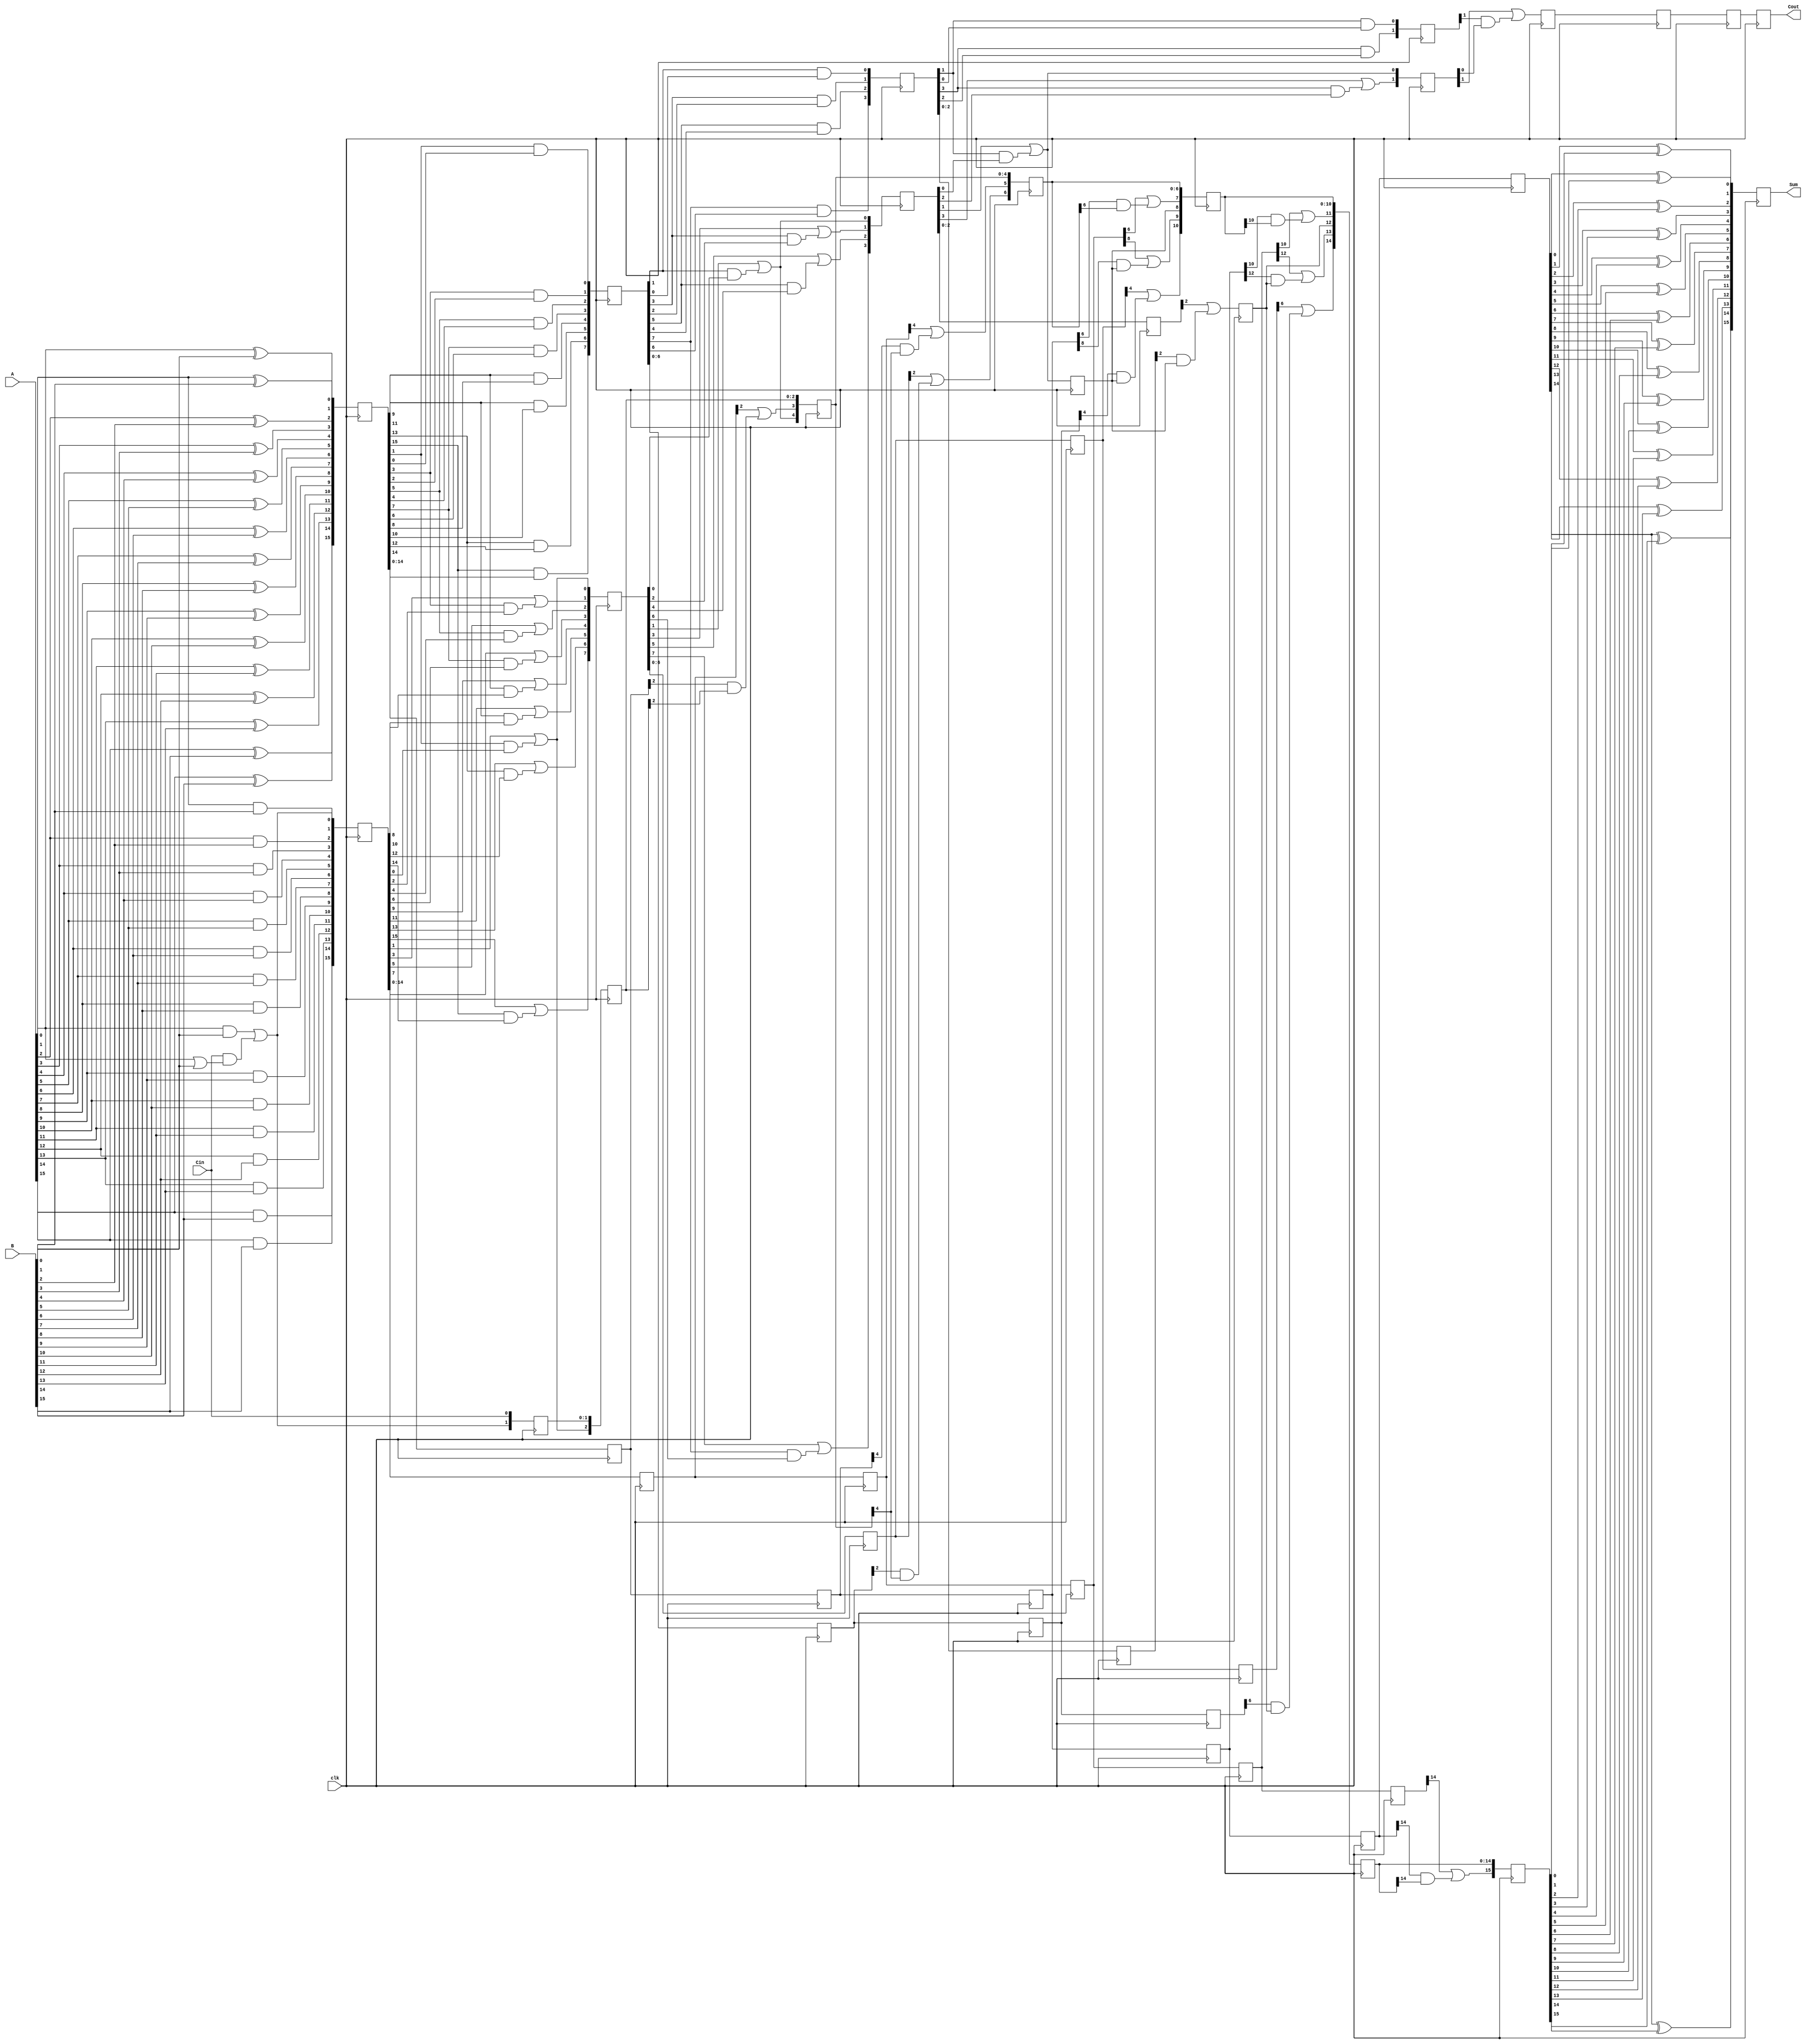
`timescale 1ns / 1ps
//////////////////////////////////////////////////////////////////////////////////
// Company: 
// Engineer: 
// 
// Design Name: 
// Module Name: BKadder
// Project Name: 
// Target Devices: 
// Tool Versions: 
// Description: 
// 
// Dependencies: 
// 
// Revision:
// Revision 0.01 - File Created
// Additional Comments:
// 
//////////////////////////////////////////////////////////////////////////////////


module BKadder(A,B,Cin,clk,Sum,Cout);
input [15:0] A,B;
input Cin,clk;
output reg [15:0] Sum;
output reg Cout;

wire [15:0] P0,G0;
wire [7:0] P1,G1;
wire [3:0] P2,G2;
wire [1:0] P3,G3;
wire P4,G4;
reg [15:0] P0_1,G0_1,P0_2,G0_2,P0_3,G0_3,P0_4,G0_4,P0_5,G0_5,P0_6,G0_6,P0_7;
reg [7:0] P1_2,G1_2,P1_3,G1_3,P1_4,G1_4,G1_5,P1_5;
reg [3:0] P2_3,G2_3,P2_4,G2_4;
reg [1:0] G3_4,P3_4;
reg [15:0] C1,C2,C3,C4,C5,C6,C7;
reg Cout5,Cout6,Cout7;


/* ============ 1st stage ============================== */

assign G0[0]= (A[0] & B[0]) | (Cin & (A[0] | B[0])),
	   G0[1]= A[1] & B[1],
	   G0[2]= A[2] & B[2],
	   G0[3]= A[3] & B[3],
	   G0[4]= A[4] & B[4],
	   G0[5]= A[5] & B[5],
	   G0[6]= A[6] & B[6],
	   G0[7]= A[7] & B[7],
	   G0[8]= A[8] & B[8],
	   G0[9]= A[9] & B[9],
	   G0[10]= A[10] & B[10],
	   G0[11]= A[11] & B[11],
	   G0[12]= A[12] & B[12],
	   G0[13]= A[13] & B[13],
	   G0[14]= A[14] & B[14],
	   G0[15]= A[15] & B[15];
					

assign P0[0]= A[0] ^ B[0],
	   P0[1]= A[1] ^ B[1],
	   P0[2]= A[2] ^ B[2],
	   P0[3]= A[3] ^ B[3],
	   P0[4]= A[4] ^ B[4],
	   P0[5]= A[5] ^ B[5],
	   P0[6]= A[6] ^ B[6],
	   P0[7]= A[7] ^ B[7],
	   P0[8]= A[8] ^ B[8],
	   P0[9]= A[9] ^ B[9],
	   P0[10]= A[10] ^ B[10],
	   P0[11]= A[11] ^ B[11],
	   P0[12]= A[12] ^ B[12],
	   P0[13]= A[13] ^ B[13],
	   P0[14]= A[14] ^ B[14],
	   P0[15]= A[15] ^ B[15];
always@(posedge clk)
begin
    C1[1] <= G0[0];
    C1[0] <= Cin;
    P0_1 <= P0;
    G0_1 <= G0;
end

//=========2nd set=====================// 
assign P1[0]=P0_1[1] & P0_1[0],
	   P1[1]=P0_1[3] & P0_1[2],
	   P1[2]=P0_1[5] & P0_1[4],
	   P1[3]=P0_1[7] & P0_1[6],
	   P1[4]=P0_1[9] & P0_1[8],
	   P1[5]=P0_1[11] & P0_1[10],
	   P1[6]=P0_1[13] & P0_1[12],
	   P1[7]=P0_1[15] & P0_1[14];

assign G1[0]=G0_1[1]|(P0_1[1] & G0_1[0]),
	   G1[1]=G0_1[3]|(P0_1[3] & G0_1[2]),
	   G1[2]=G0_1[5]|(P0_1[5] & G0_1[4]),
	   G1[3]=G0_1[7]|(P0_1[7] & G0_1[6]),
	   G1[4]=G0_1[9]|(P0_1[9] & G0_1[8]),
	   G1[5]=G0_1[11]|(P0_1[11] & G0_1[10]),
	   G1[6]=G0_1[13]|(P0_1[13] & G0_1[12]),
	   G1[7]=G0_1[15]|(P0_1[15] & G0_1[14]);

always@(posedge clk)
begin
C2[1] <= C1[1];
C2[2] <= G1[0];
C2[0] <= C1[0];
P0_2 <= P0_1;
G0_2 <= G0_1;
P1_2 <= P1;
G1_2 <= G1;
end

// ============= 3rd set ========================//
assign P2[0]=P1_2[1] & P1_2[0],
	   P2[1]=P1_2[3] & P1_2[2],
	   P2[2]=P1_2[5] & P1_2[4],
	   P2[3]=P1_2[7] & P1_2[6];



assign G2[0] =G1_2[1]| (P1_2[1] &  G1_2[0]),
	   G2[1] =G1_2[3]| (P1_2[3] &  G1_2[2]),
	   G2[2]=G1_2[5]|(P1_2[5] & G1_2[4]),
	   G2[3]=G1_2[7]|(P1_2[7] & G1_2[6]);
	   
	   
always@(posedge clk)
begin
C3[4] <= G2[0];
C3[3] <= G0_2[2] | (P0_2[2] & C2[2]);
C3[1] <= C2[1];
C3[2] <= C2[2];
C3[0] <= C2[0];
P0_3 <= P0_2;
G0_3 <= G0_2;
P1_3 <= P1_2;
G1_3 <= G1_2;
P2_3 <= P2;
G2_3 <= G2;
end

//=================4th stage set==========//

assign P3[0]=P2_3[1] & P2_3[0],
	   P3[1]=P2_3[3] & P2_3[2];

assign G3[0]=G2_3[1]|(P2_3[1] & G2_3[0]),
	   G3[1]=G2_3[3]|(P2_3[3] & G2_3[2]);

always@(posedge clk)
begin
C4[8] <= G3[0];
C4[5] <= G0_3[4]| (P0_3[4]&C3[4]);
C4[6] <= G1_3[2]| (P1_3[2]& C3[4]);

C4[4] <= C3[4];
C4[3] <= C3[3];
C4[2] <= C3[2];
C4[1] <= C3[1];
C4[0] <= C3[0];

P0_4 <= P0_3;
G0_4 <= G0_3;
P1_4 <= P1_3;
G1_4 <= G1_3;
P2_4 <= P2_3;
G2_4 <= G2_3;
G3_4 <= G3;
P3_4 <= P3;

end

// ==========5th stage ==============//

assign P4= P3_4[1] & P3_4[0];

assign G4 = G3_4[1]|(P3_4[1] & G3_4[0]);

always@(posedge clk)
begin 
Cout5 <= G4;
C5[7] <= G0_4[6]| (P0_4[6] & C4[6]);
C5[9] <= G0_4[8]| (P0_4[8] & C4[8]);
C5[10] <= G1_4[4]| (P1_4[4] & C4[8]);
C5[12] <= G2_4[2]| (P2_4[2] & C4[8]);

C5[8] <= C4[8];
C5[5] <= C4[5];
C5[6] <= C4[6];
C5[4] <= C4[4];
C5[3] <= C4[3];
C5[2] <= C4[2];
C5[1] <= C4[1];
C5[0] <= C4[0];

P0_5 <= P0_4;
G0_5 <= G0_4;
P1_5 <= P1_4;
G1_5 <= G1_4;
end

// =========== 6th stage ==============//
always@(posedge clk)
begin
C6[11] <= G0_5[10]| (P0_5[10]&C5[10]);
C6[13] <= G0_5[12]| (P0_5[12]&C5[12]);
C6[14] <= G1_5[6]| (P1_5[6]&C5[12]);


C6[12] <= C5[12];
C6[10] <= C5[10];
C6[9] <= C5[9];
C6[8] <= C5[8];
C6[7] <= C5[7];
C6[5] <= C5[5];
C6[6] <= C5[6];
C6[4] <= C5[4];
C6[3] <= C5[3];
C6[2] <= C5[2];
C6[1] <= C5[1];
C6[0] <= C5[0];
Cout6 <= Cout5;

P0_6 <= P0_5;
G0_6 <= G0_5;
end

//=========== 7th stage ============//
always@(posedge clk)
begin
C7[15] <= G0_6[14]| (P0_6[14]&C6[14]);
C7[14] <= C6[14];
C7[13] <= C6[13];
C7[12] <= C6[12];
C7[11] <= C6[11];
C7[10] <= C6[10];
C7[9] <= C6[9];
C7[8] <= C6[8];
C7[7] <= C6[7];
C7[6] <= C6[6];
C7[5] <= C6[5];
C7[4] <= C6[4];
C7[3] <= C6[3];
C7[2] <= C6[2];
C7[1] <= C6[1];
C7[0] <= C6[0];
Cout7 <= Cout6;

P0_7 <= P0_6;
end

//========= 8th stage ============//
always@(posedge clk)
begin
/*C8[15]=C7[15];
C8[14]=C7[14];
C8[13]=C7[13];
C8[12]=C7[12];
C8[11]=C7[11];
C8[10]=C7[10];
C8[9]=C6[9];
C8[8]=C7[8];
C8[7]=C7[7];
C8[6]=C7[6];
C8[5]=C7[5];
C8[4]=C7[4];
C8[3]=C7[3];
C8[2]=C7[2];
C8[1]=C7[1];
C8[0]=C7[0];
P0_8=P0_7;*/
Cout <= Cout7;

Sum[0] <= P0_7[0]^C7[0];
Sum[1] <= P0_7[1]^C7[1];
Sum[2] <= P0_7[2]^C7[2];
Sum[3] <= P0_7[3]^C7[3];
Sum[4] <= P0_7[4]^C7[4];
Sum[5] <= P0_7[5]^C7[5];
Sum[6] <= P0_7[6]^C7[6];
Sum[7] <= P0_7[7]^C7[7];
Sum[8] <= P0_7[8]^C7[8];
Sum[9] <= P0_7[9]^C7[9];
Sum[10] <= P0_7[10]^C7[10];
Sum[11] <= P0_7[11]^C7[11];
Sum[12] <= P0_7[12]^C7[12];
Sum[13] <= P0_7[13]^C7[13];
Sum[14] <= P0_7[14]^C7[14];
Sum[15] <= P0_7[14]^C7[15];
end

endmodule